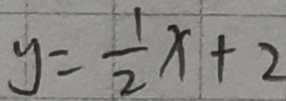
y = \frac { 1 } { 2 } x + 2